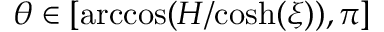
\theta \in [ \mathrm { a r c c o s } ( H / \mathrm { c o s h } ( \xi ) ) , \pi ]